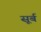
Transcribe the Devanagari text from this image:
सूर्ब